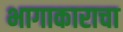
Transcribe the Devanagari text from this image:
भागाकाराचा